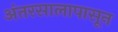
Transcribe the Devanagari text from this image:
अंतरसालापासून